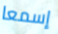
إسمعا